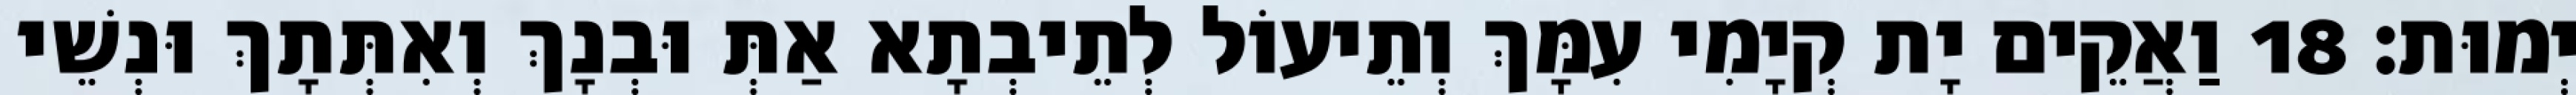
יְמוּת׃ 18 וַאֲקֵים יָת קְיָמִי עִמָּךְ וְתֵיעוֹל לְתֵיבְתָא אַתְּ וּבְנָךְ וְאִתְּתָךְ וּנְשֵׁי